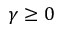
\gamma \geq 0